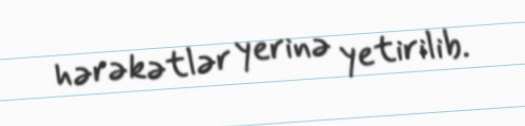
hərəkətlər yerinə yetirilib.